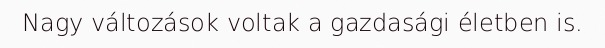
Nagy változások voltak a gazdasági életben is.